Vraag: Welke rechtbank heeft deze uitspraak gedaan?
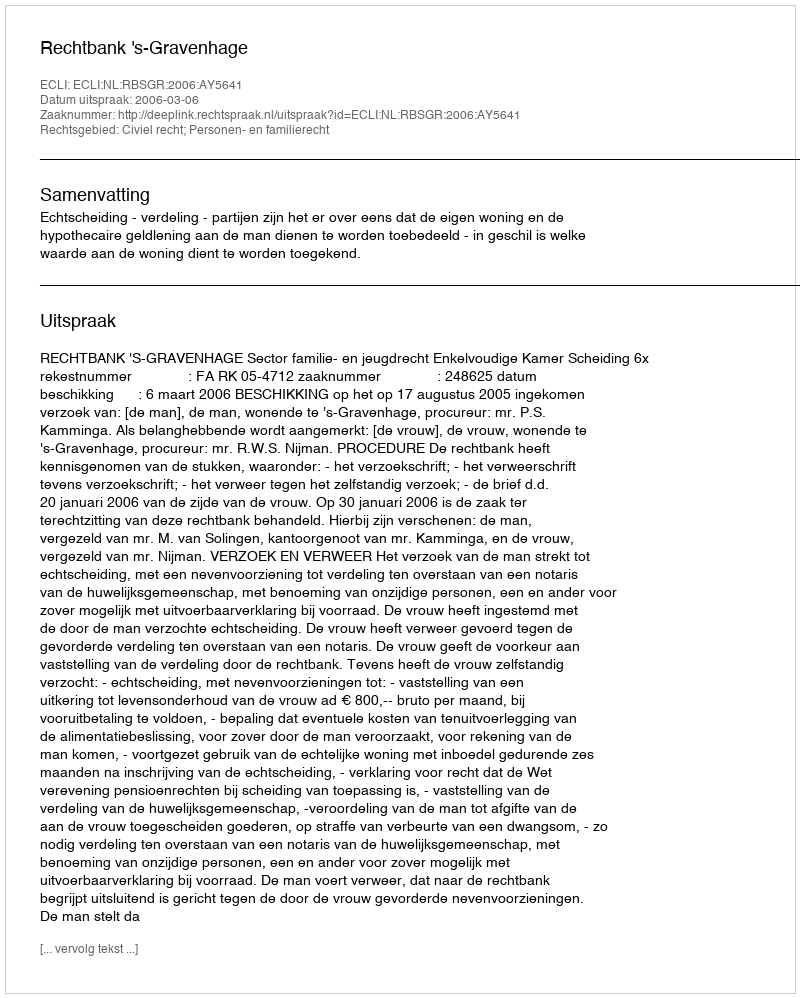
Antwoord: Rechtbank 's-Gravenhage